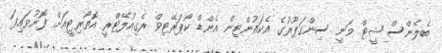
ބެލެންސް ޝީޓް ވަނީ ސިންގަޕޫރުގެ އެކައުންޓިން އެންޑް ކޯޕަރޭޓިވް ރެގިއުލޭޓްރީ އޮތޯރިޓީއަށް ފޮނުވައިފަ